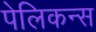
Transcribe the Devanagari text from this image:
पेलिकन्स